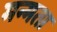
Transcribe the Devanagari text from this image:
मन्मता